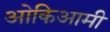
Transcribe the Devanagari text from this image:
ओकिआमी